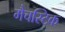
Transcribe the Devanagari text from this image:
मैचस्टिक